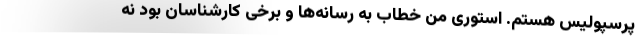
پرسپولیس هستم. استوری من خطاب به رسانه‌ها و برخی کارشناسان بود نه